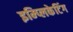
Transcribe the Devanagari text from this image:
इम्प्लिकेटिंग